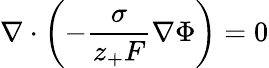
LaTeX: \nabla\cdot\left(-\frac{\sigma}{z_{+}F}\nabla\Phi\right)=0